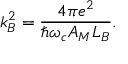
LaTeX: k _ { B } ^ { 2 } = { \frac { 4 \pi e ^ { 2 } } { \hbar \omega _ { c } A _ { M } L _ { B } } } .